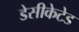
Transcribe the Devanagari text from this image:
डेसीकेटेड